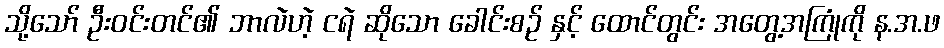
သို့သော် ဦးဝင်းတင်၏ ဘာလဲဟဲ့ ငရဲ ဆိုသော ခေါင်းစဉ် နှင့် ထောင်တွင်း အတွေ့အကြုံကို န.အ.ဖ